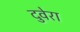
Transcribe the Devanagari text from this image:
दुवेरा